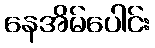
နေအိမ်ပေါင်း